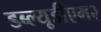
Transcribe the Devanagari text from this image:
डब्ल्यूडीएम२